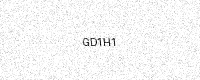
Text: GD1H1